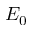
E _ { 0 }